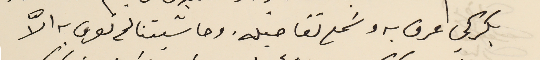
بكركي عرف به وسَمع تفاصيله. وحاشيتنا لم تعرف به الاَّ